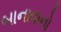
બાનાવાનો